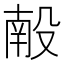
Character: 𬆩